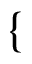
\{